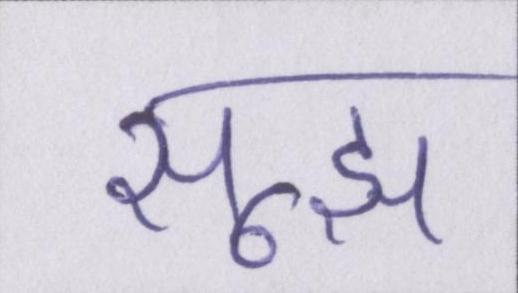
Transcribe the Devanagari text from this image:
सूझ